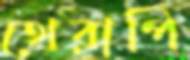
থেরাপি